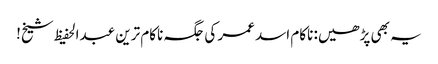
یہ بھی پڑھیں: ناکام اسد عمر کی جگہ ناکام ترین عبدالحفیظ شیخ!